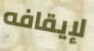
لإيقافه